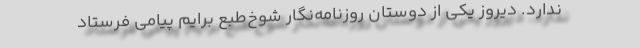
ندارد. دیروز یکی از دوستان روزنامه‌نگار شوخ‌طبع برایم پیامی فرستاد